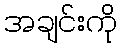
အချင်းကို